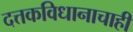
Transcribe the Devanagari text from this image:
दत्तकविधानाचाही